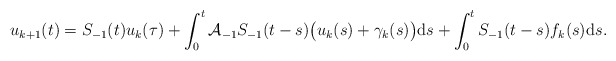
\begin{align*} u_{k+1}(t) = S_{-1}(t) u_{k}(\tau) + \int_{0}^{t} \mathcal{A}_{-1} S_{-1}(t - s) \big(u_{k}(s) + \gamma_{k}(s)\big) \mathrm{d}s + \int_{0}^{t} S_{-1}(t - s) f_{k}(s) \mathrm{d}s. \end{align*}